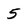
Character: 5